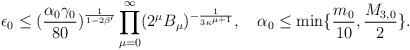
LaTeX: \begin{align*}\epsilon_0\leq(\frac{\alpha_0\gamma_0}{80})^{\frac{1}{1-2\beta'}}\prod_{\mu=0}^{\infty}(2^{\mu}B_{\mu})^{-\frac{1}{3\kappa^{\mu+1}}},\quad\alpha_0\leq\min\{\frac{m_0}{10},\frac{M_{3,0}}{2}\}.\end{align*}